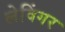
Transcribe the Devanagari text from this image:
लेविंगर